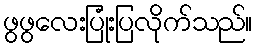
ဖွဖွလေးပြုံးပြလိုက်သည်။